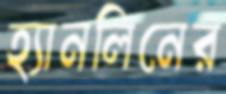
হ্যানলিনের